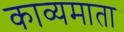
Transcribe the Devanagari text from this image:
काव्यमाता